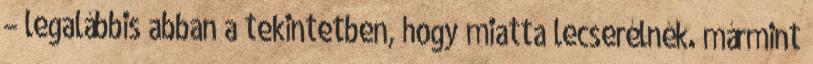
– legalábbis abban a tekintetben, hogy miatta lecserélnék. mármint